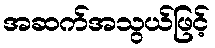
အဆက်အသွယ်ဖြင့်